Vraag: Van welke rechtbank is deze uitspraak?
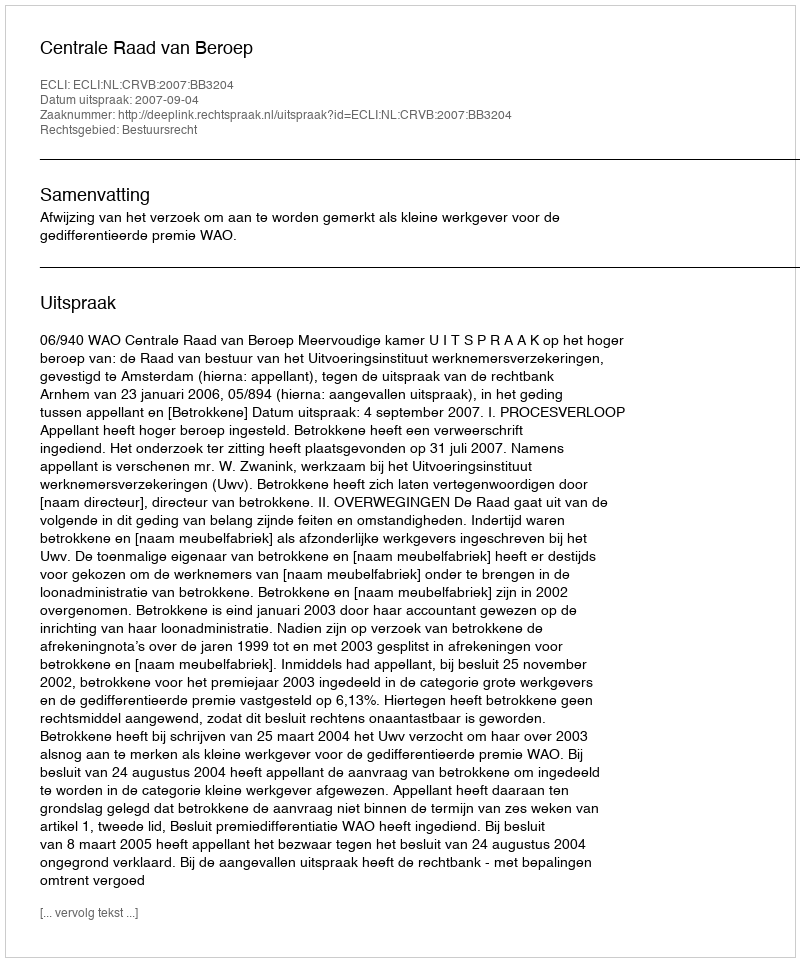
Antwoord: Centrale Raad van Beroep